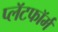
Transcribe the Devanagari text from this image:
प्लॅटफाॅर्म